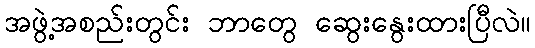
အဖွဲ့အစည်းတွင်း ဘာတွေ ဆွေးနွေးထားပြီလဲ။